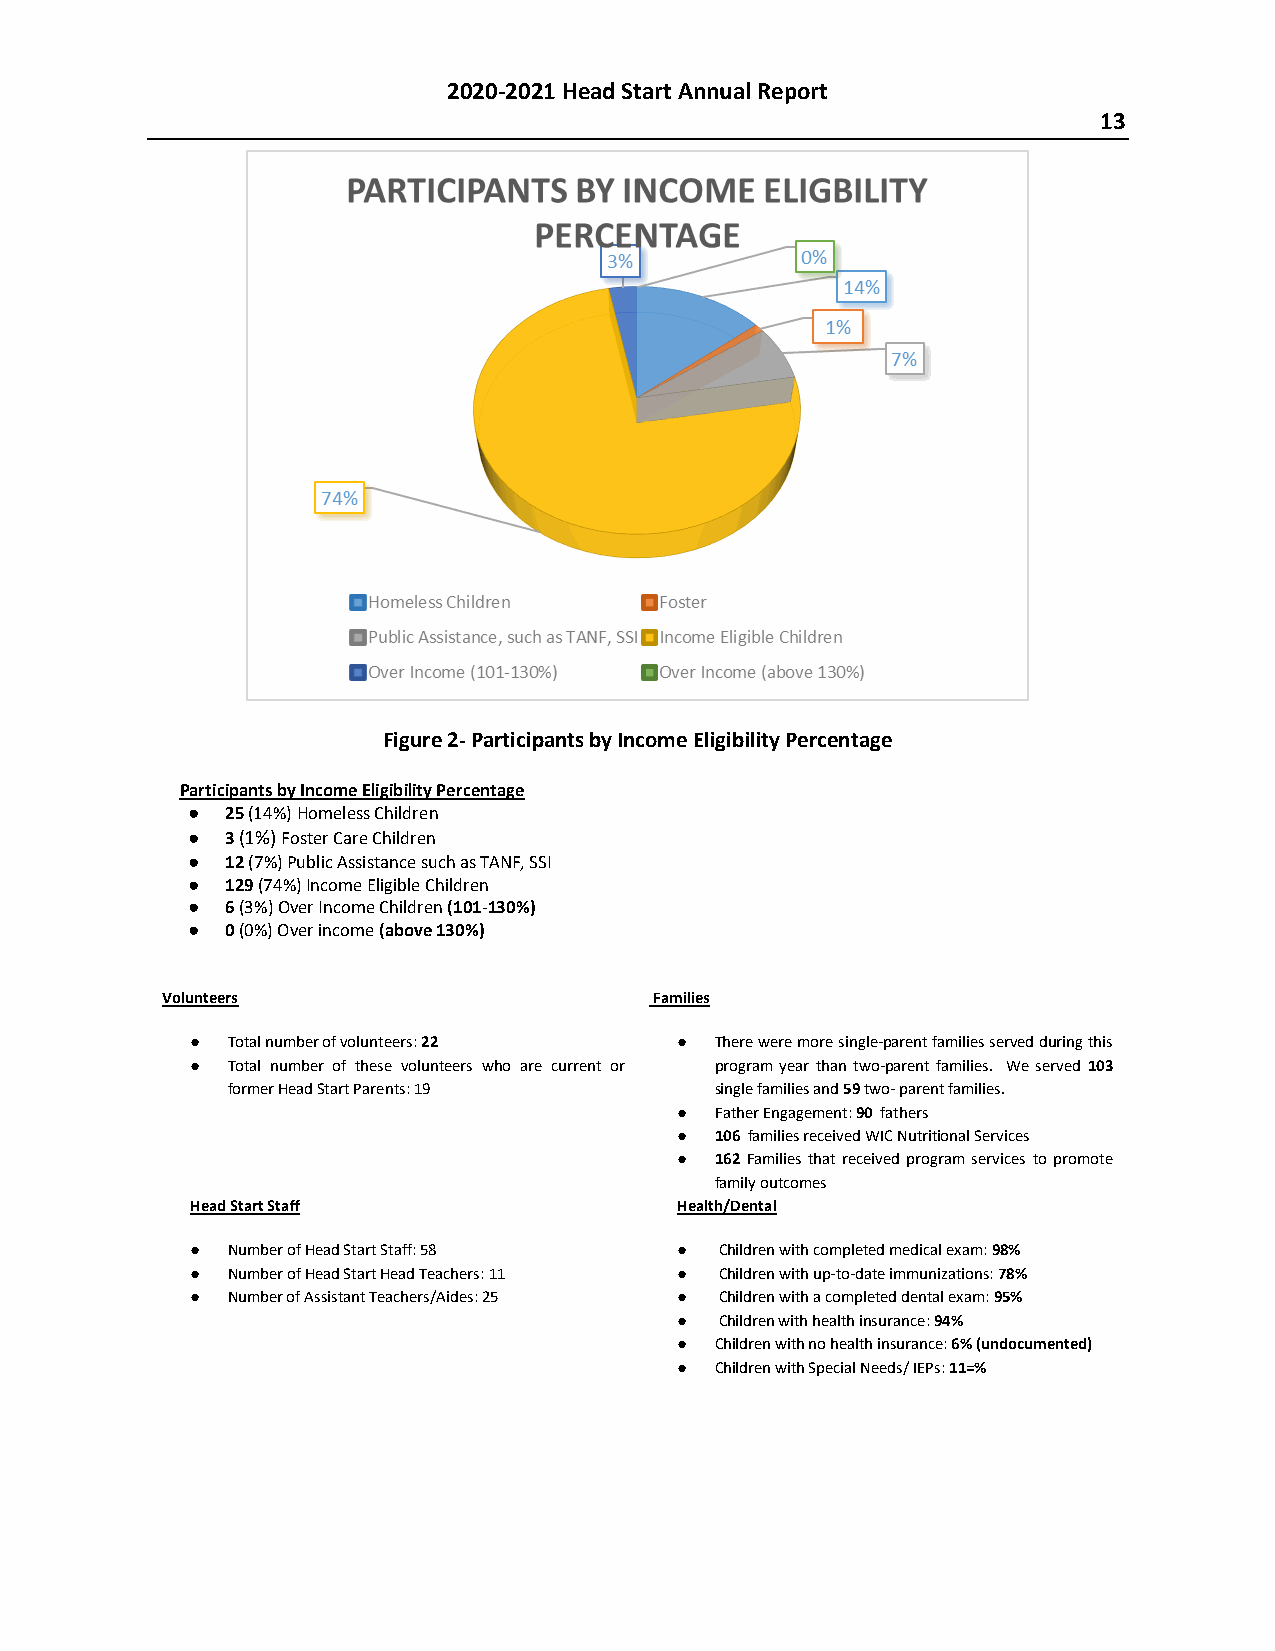
2020-2021 Head Start Annual Report
 13
 Figure 2- Participants by Income Eligibility Percentage
 Participants by Income Eligibility Percentage
 ●  25 (14%) Homeless Children
 ●  3 (1%) Foster Care Children
 ●  12 (7%) Public Assistance such as TANF, SSI
 ●  129 (74%) Income Eligible Children
 ●  6 (3%) Over Income Children (101-130%)
 ●  0 (0%) Over income (above 130%)
 Volunteers                      Families
 ● Total number of volunteers: 22 ● There were more single-parent families served during this
 ● Total number of these volunteers who are current or program year than two-parent families. We served 103
 former Head Start Parents: 19   single families and 59 two- parent families.
 ● Father Engagement: 90 fathers
 ● 106 families received WIC Nutritional Services
 ● 162 Families that received program services to promote
 family outcomes
 Head Start Staff                Health/Dental
 ● Number of Head Start Staff: 58 ● Children with completed medical exam: 98%
 ● Number of Head Start Head Teachers: 11 ● Children with up-to-date immunizations: 78%
 ● Number of Assistant Teachers/Aides: 25 ● Children with a completed dental exam: 95%
 ●  Children with health insurance: 94%
 ● Children with no health insurance: 6% (undocumented)
 ● Children with Special Needs/ IEPs: 11=%